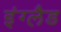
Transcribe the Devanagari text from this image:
इंग्लैड